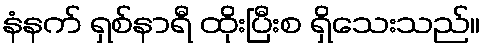
နံနက် ရှစ်နာရီ ထိုးပြီးစ ရှိသေးသည်။